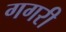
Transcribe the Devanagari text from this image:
गगरी